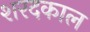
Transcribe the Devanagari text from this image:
शरदकाल